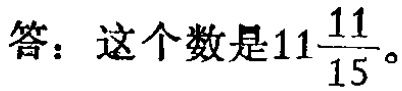
答：这个数是\(11\frac{11}{15}\)。